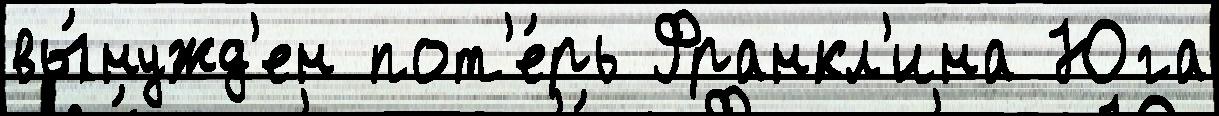
вы́нужд'ен пот'е́рь Франкл'ина Юга